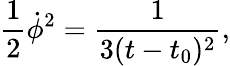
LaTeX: {\frac{1}{2}\dot{\phi}^{2}=\frac{1}{3(t-t_{0})^{2}},}